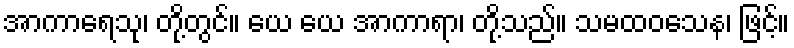
အာကာရေသု၊ တို့တွင်။ ယေ ယေ အာကာရာ၊ တို့သည်။ သမထဝသေန၊ ဖြင့်။